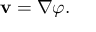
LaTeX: \mathbf { v } = \nabla \varphi .